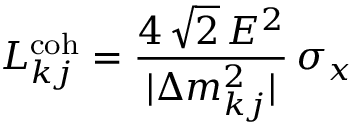
L _ { k j } ^ { \mathrm { c o h } } = \frac { 4 \, \sqrt { 2 } \, E ^ { 2 } } { | \Delta { m } _ { k j } ^ { 2 } | } \, \sigma _ { x }